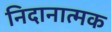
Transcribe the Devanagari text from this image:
निदानात्‍मक